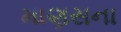
માણસના